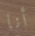
أنا